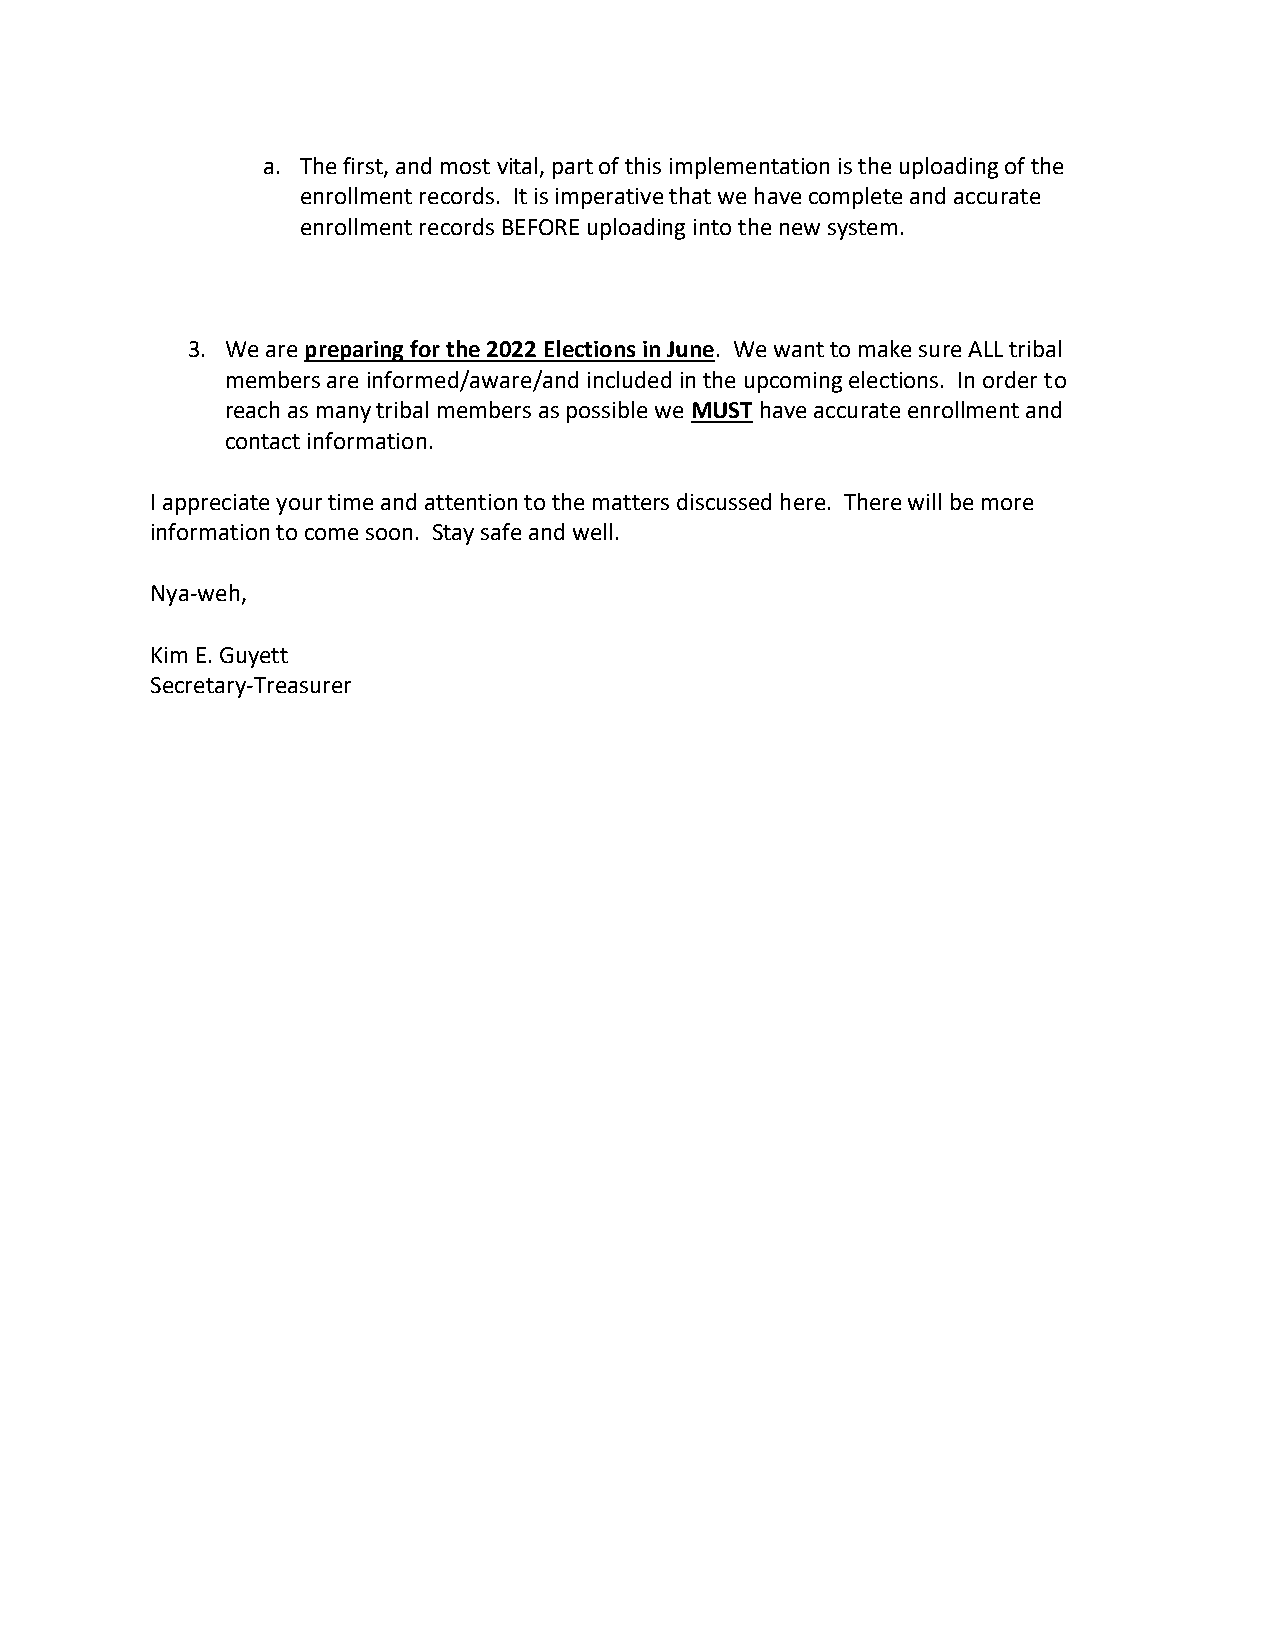
a. The first, and most vital, part of this implementation is the uploading of the
 enrollment records. It is imperative that we have complete and accurate
 enrollment records BEFORE uploading into the new system.
 3. We are preparing for the 2022 Elections in June. We want to make sure ALL tribal
 members are informed/aware/and included in the upcoming elections. In order to
 reach as many tribal members as possible we MUST have accurate enrollment and
 contact information.
 I appreciate your time and attention to the matters discussed here. There will be more
 information to come soon. Stay safe and well.
 Nya-weh,
 Kim E. Guyett
 Secretary-Treasurer